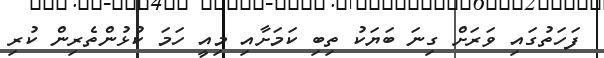
ފަހަތުގައި ވަރަށް ގިނަ ބަޔަކު ތިބި ކަމަށާއި މިއީ ހަމަ ކުޅުންތެރިން ކުރި